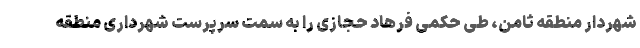
شهردار منطقه ثامن، طی حکمی فرهاد حجازی را به سمت سرپرست شهرداری منطقه